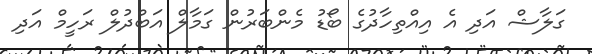
ގަލާޝް އަދި އެ އިއްތިހާދުގެ ބޯޑު މެންބަރުން ގަމާލް އަބްދުލް ރަހީމް އަދި